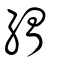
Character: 緭